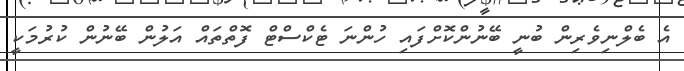
އެ ބެލްނިވެރިން ބުނީ ބޭނުންކޮށްފައި ހުންނަ ޓެކްސްޓް ފޮތްތައް އަލުން ބޭނުން ކުރުމަކީ